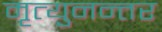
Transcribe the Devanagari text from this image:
मृत्युनन्तर